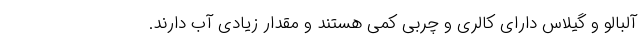
آلبالو و گیلاس دارای کالری و چربی کمی هستند و مقدار زیادی آب دارند.